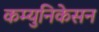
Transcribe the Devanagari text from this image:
कम्युनिकेसन